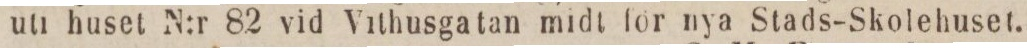
uti huset N:r 82 vid Vithusgatan midt för nya Stads-Skolehuset.